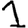
Digit: 1